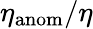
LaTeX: \eta_{\mathrm{anom}}/\eta